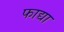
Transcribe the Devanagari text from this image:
फाद्या